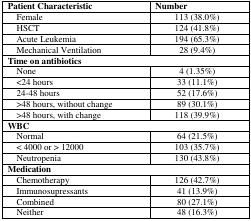
<table><thead><tr><td><b>Patient Characteristic</b></td><td><b>Number</b></td></tr></thead><tbody><tr><td> Female</td><td>113 (38.0%)</td></tr><tr><td> HSCT</td><td>124 (41.8%)</td></tr><tr><td> Acute Leukemia</td><td>194 (65.3%)</td></tr><tr><td> Mechanical Ventilation</td><td>28 (9.4%)</td></tr><tr><td colspan="2"><b>Time on antibiotics</b></td></tr><tr><td> None</td><td>4 (1.35%)</td></tr><tr><td> &lt;24 hours</td><td>33 (11.1%)</td></tr><tr><td> 24–48 hours</td><td>52 (17.6%)</td></tr><tr><td> &gt;48 hours, without change</td><td>89 (30.1%)</td></tr><tr><td> &gt;48 hours, with change</td><td>118 (39.9%)</td></tr><tr><td colspan="2"><b>WBC</b></td></tr><tr><td> Normal</td><td>64 (21.5%)</td></tr><tr><td> &lt; 4000 or &gt; 12000</td><td>103 (35.7%)</td></tr><tr><td> Neutropenia</td><td>130 (43.8%)</td></tr><tr><td colspan="2"><b>Medication</b></td></tr><tr><td> Chemotherapy</td><td>126 (42.7%)</td></tr><tr><td> Immunosupressants</td><td>41 (13.9%)</td></tr><tr><td> Combined</td><td>80 (27.1%)</td></tr><tr><td> Neither</td><td>48 (16.3%)</td></tr></tbody></table>